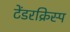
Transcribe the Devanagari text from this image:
टेंडरक्रिस्प